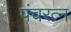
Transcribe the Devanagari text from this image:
पंचरत्‍न